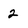
Character: 2